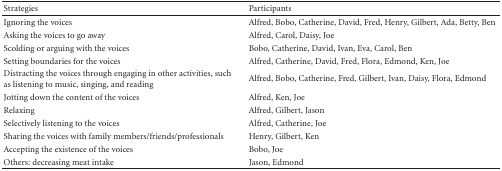
| Strategies | Participants |
 | --- | --- |
 | Ignoring the voices | Alfred, Bobo, Catherine, David, Fred, Henry, Gilbert, Ada, Betty, Ben |
 | Asking the voices to go away | Alfred, Carol, Daisy, Joe |
 | Scolding or arguing with the voices | Bobo, Catherine, David, Ivan, Eva, Carol, Ben |
 | Setting boundaries for the voices | Alfred, Catherine, David, Fred, Flora, Edmond, Ken, Joe |
 | Distracting the voices through engaging in other activities, such as listening to music, singing, and reading | Alfred, Bobo, Catherine, Fred, Gilbert, Ivan, Daisy, Flora, Edmond |
 | Jotting down the content of the voices | Alfred, Ken, Joe |
 | Relaxing | Alfred, Gilbert, Jason |
 | Selectively listening to the voices | Alfred, Catherine, Joe |
 | Sharing the voices with family members/friends/professionals | Henry, Gilbert, Ken |
 | Accepting the existence of the voices | Bobo, Joe |
 | Others: decreasing meat intake | Jason, Edmond |